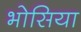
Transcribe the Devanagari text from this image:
भोसिया